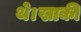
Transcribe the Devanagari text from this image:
थे।खाकी